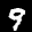
Label: 9